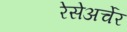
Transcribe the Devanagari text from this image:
रेसेअर्चेर